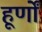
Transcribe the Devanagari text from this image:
हूर्णों